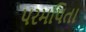
પરમપિતા